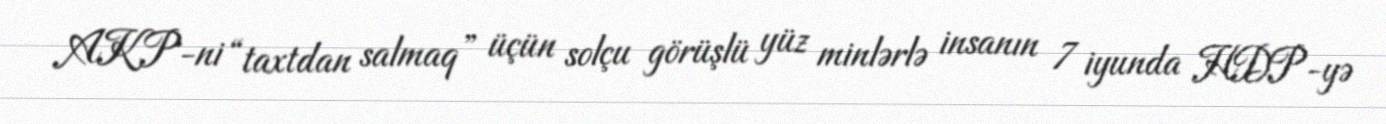
AKP-ni “taxtdan salmaq” üçün solçu görüşlü yüz minlərlə insanın 7 iyunda HDP-yə